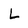
Character: L